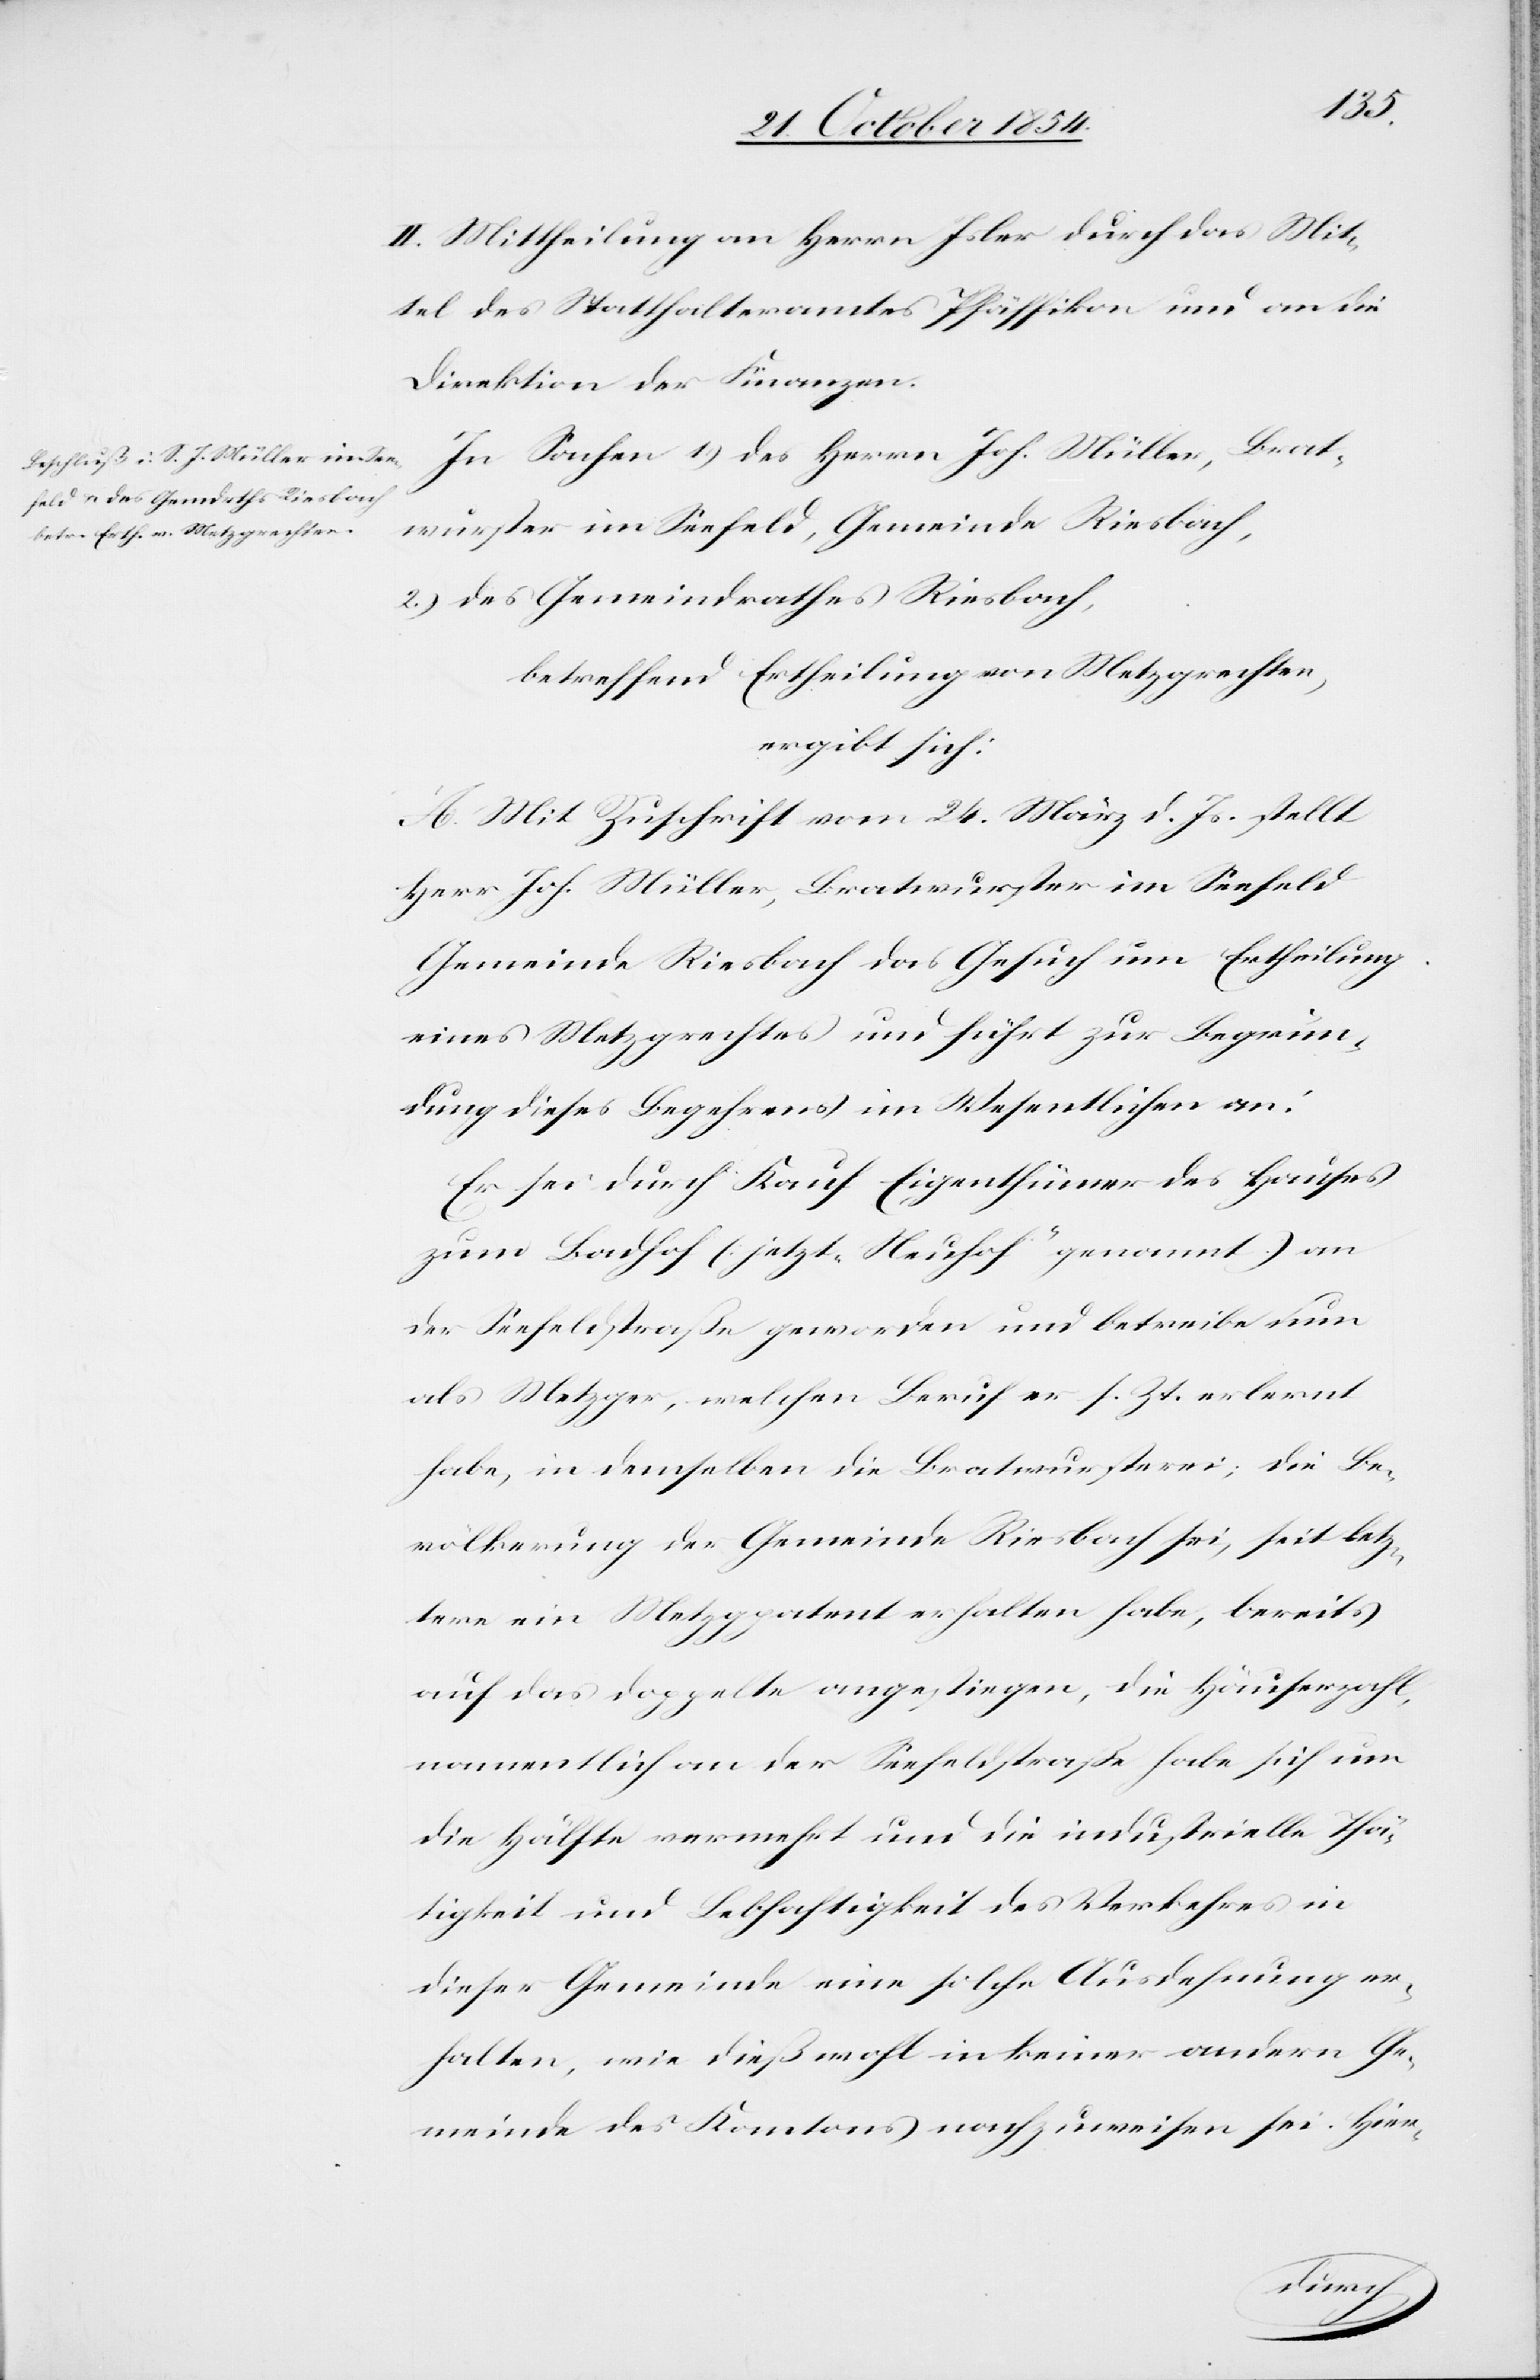
II. Mittheilung an Herrn Isler durch das Mit¬
tel des Statthalteramtes Pfäffikon und an die
Direktion der Finanzen.
In Sachen 1.) des Herrn Joh. Müller, Brat¬
wurster im Seefeld, Gemeinde Riesbach,
2.) des Gemeindrathes Riesbach
betreffend Ertheilung von Metzgrechten,
ergibt sich:
A. Mit Zuschrift vom 24. März d. Js. stellt
Herr Joh. Müller, Bratwurster im Seefeld
Gemeinde Riesbach das Gesuch um Ertheilung
eines Metzgrechtes und führt zur Begrün¬
dung dieses Begehrens im Wesentlichen an:
Er sei durch Kauf Eigenthümer des Hauses
zum Badhof (jetzt „Neuhof“ genannt.) an
der Seefeldstraß geworden und betreibe nun
als Metzger, welchen Beruf er s. Zt. erlener
habe, in demselben die Bratwursterei; die Be¬
völkerung der Gemeinde Riesbach sei, seit letz¬
tere ein Metzgpatent erhalten habe, bereits
auf das Doppelte angestiegen, die Häuserzahl,
namentlich an der Seefeldstraße habe sich um
die Hälfte vermehrt und die industrielle Thä¬
tigkeit und Lebhaftigkeit des Verkehres in
dieser Gemeinde eine solche Ausdehnung er¬
halten, wie dieß wohl in keiner andern Ge¬
meinde des Kantons nachzuweisen sei. Hier-